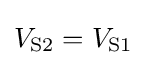
V_{\text{S2}}=V_{\text{S1}}